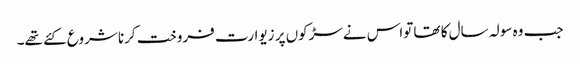
جب وہ سولہ سال کا تھا تواس نےسڑکوں پر زیوارت فروخت کرنا شروع کئے تھے۔